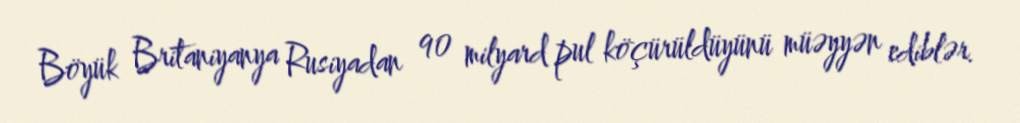
Böyük Britaniyanya Rusiyadan 90 milyard pul köçürüldüyünü müəyyən ediblər.